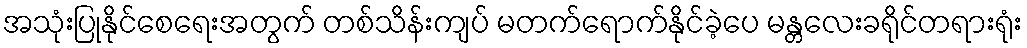
အသုံးပြုနိုင်စေရေးအတွက် တစ်သိန်းကျပ် မတက်ရောက်နိုင်ခဲ့ပေ မန္တလေးခရိုင်တရားရုံး